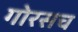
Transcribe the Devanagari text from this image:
गोरसच